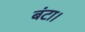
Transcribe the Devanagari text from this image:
बंटा।